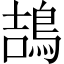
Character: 鴶